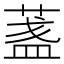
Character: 𦶻